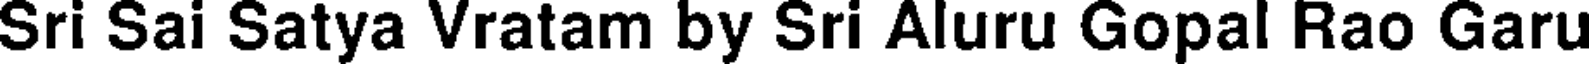
Sri Sai Satya Vratam by Sri Aluru Gopal Rao Garu